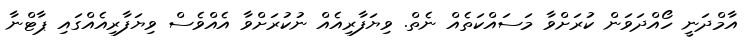
އާމްދަނީ ހޯއްދަވަން ކުަރަށްވާ މަސައްކަތެއް ނެތް. ވިޔަފާރިއެއް ނުކުރަށްވާ އެއްވެސް ވިޔަފާރިއެއްގައި ޕާޓްނާ